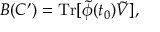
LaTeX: B ( C ^ { \prime } ) = \mathrm { T r } [ \tilde { \phi } ( t _ { 0 } ) \tilde { V } ] ,